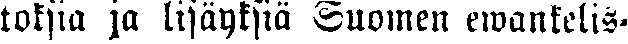
toksia ja lisäyksiä Suomen ewankelis-